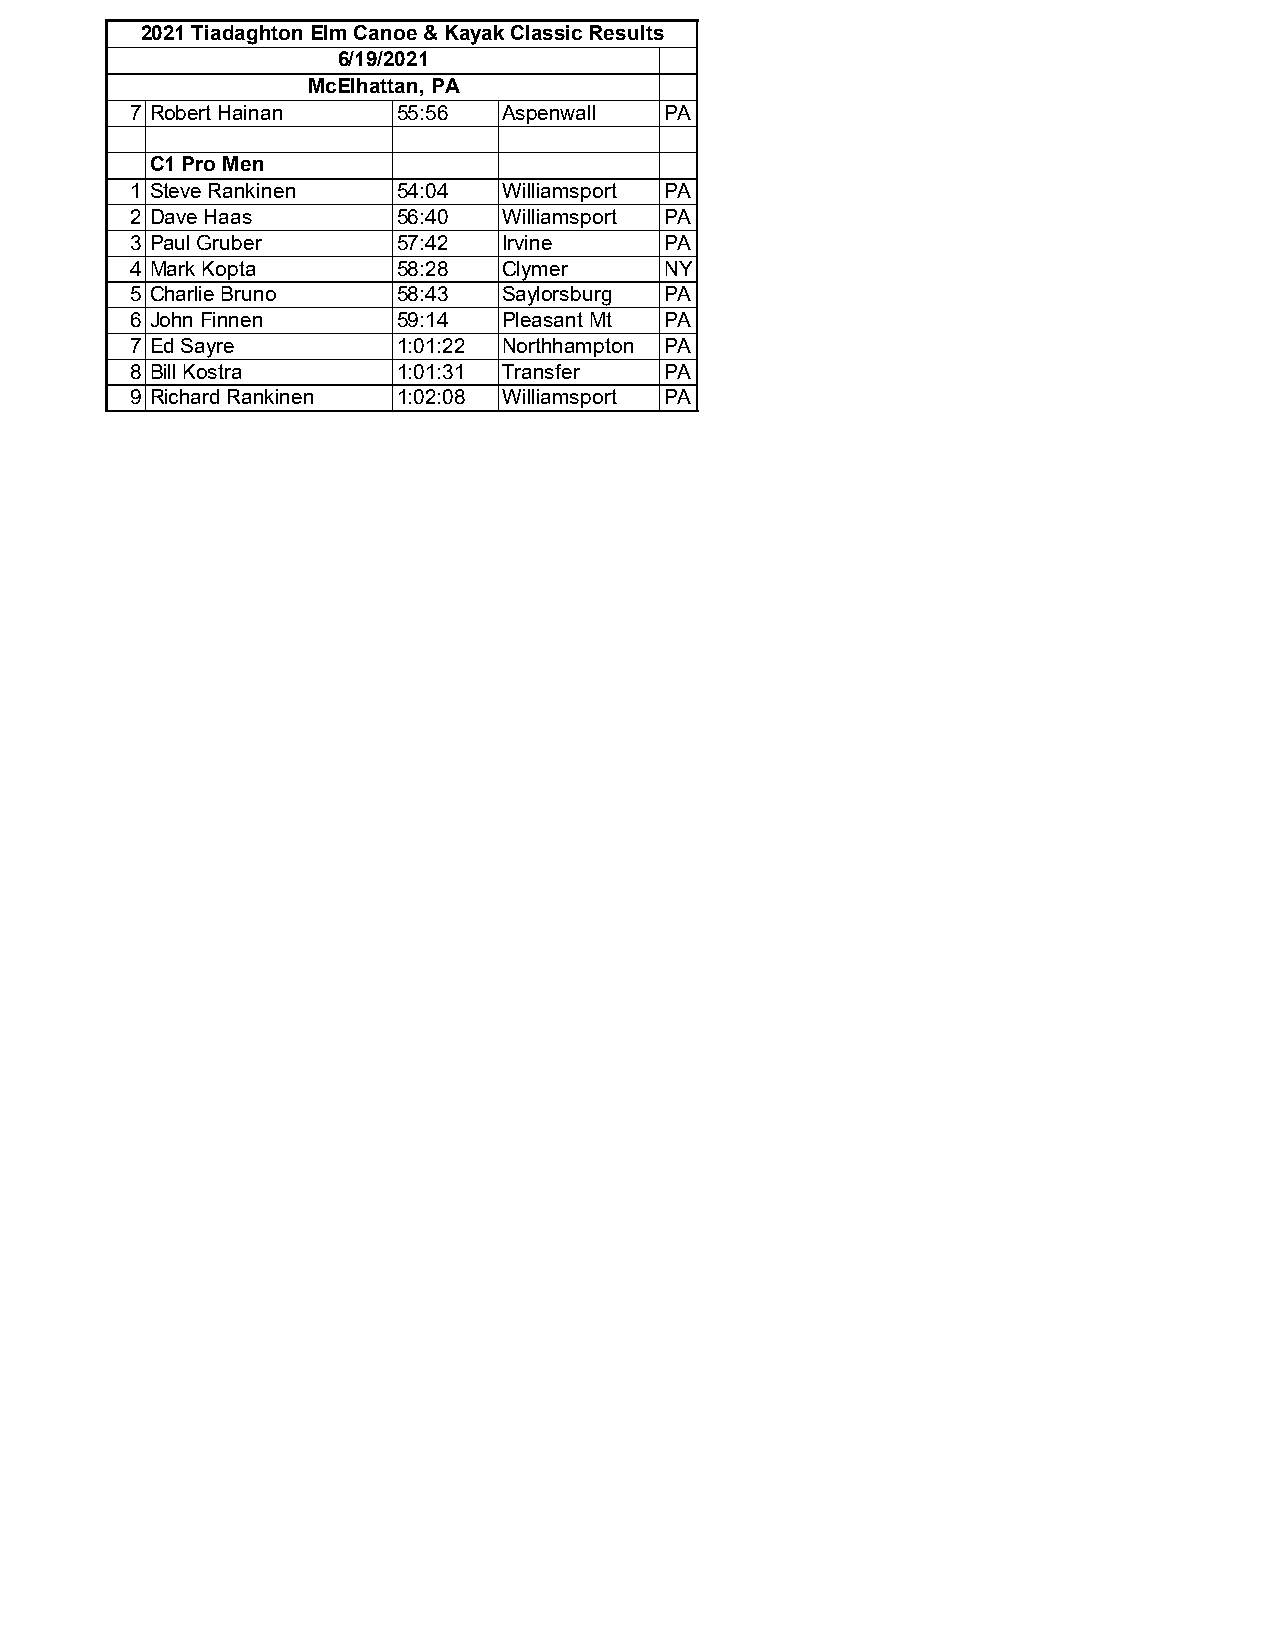
2021 Tiadaghton Elm Canoe & Kayak Classic Results
 6/19/2021
 McElhattan, PA
 7 Robert Hainan   55:56  Aspenwall PA
 C1 Pro Men
 1 Steve Rankinen  54:04  Williamsport PA
 2 Dave Haas       56:40  Williamsport PA
 3 Paul Gruber     57:42  Irvine    PA
 4 Mark Kopta      58:28  Clymer    NY
 5 Charlie Bruno   58:43  Saylorsburg PA
 6 John Finnen     59:14  Pleasant Mt PA
 7 Ed Sayre        1:01:22 Northhampton PA
 8 Bill Kostra     1:01:31 Transfer PA
 9 Richard Rankinen 1:02:08 Williamsport PA